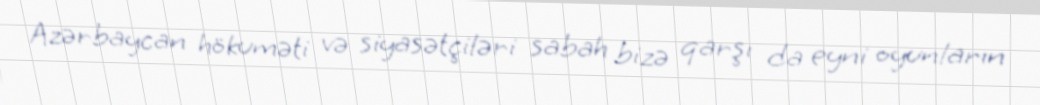
Azərbaycan hökuməti və siyasətçiləri sabah bizə qarşı da eyni oyunların